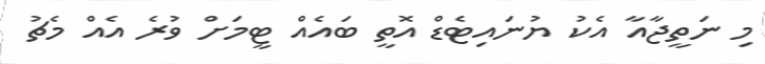
މި ނަތީޖާއާ އެކު ޔުނައިޓެޑް އޮތީ ބައެއް ޓީމަށް ވުރެ އެއް މެޗު